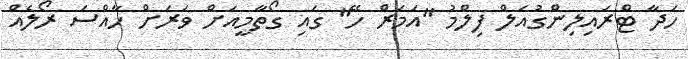
ހަދާ ޓްރައިލިންގުއަލް ފިލްމު "އަމަރް ހޭ" ގައި ގޯތާމީއަށް ވަރަށް ހާއްސަ ރޯލެއް